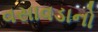
વસાવડાનો